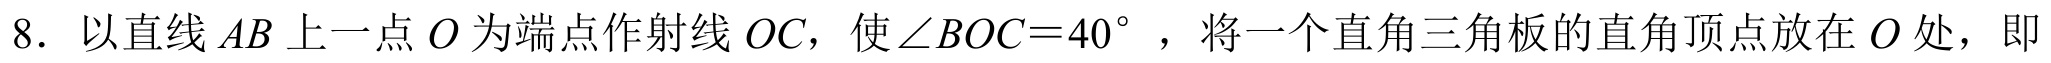
8. 以直线\(AB\)上一点\(O\)为端点作射线\(OC\)，使\(\angle BOC = 40^{\circ}\)，将一个直角三角板的直角顶点放在\(O\)处，即